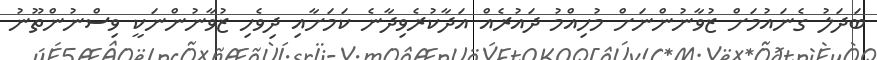
ބަދަލު ގެނައުމަށް ޒުވާނުންނަށް މުހިއްމު ދައުރެއް އަދާކުރެވިދާނެ ކަމަށާއި ދިވެހި ޒުވާނުންނަކީ ވިސްނުންތޫނު